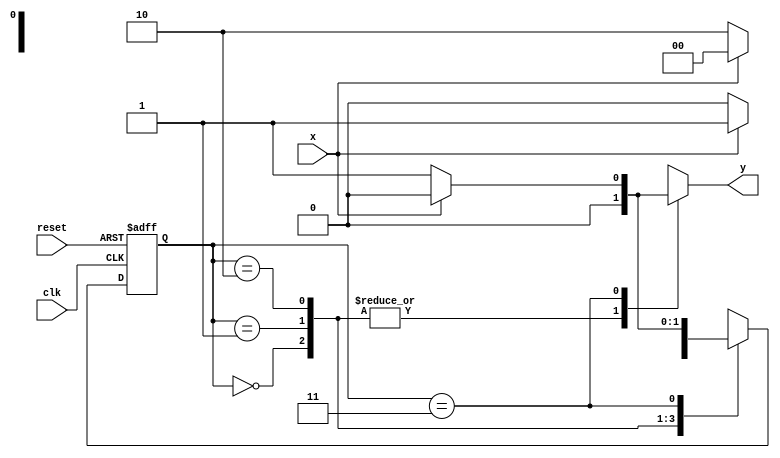
//NOME: TIAGO MATTA MACHADO ZAIDAN
// --------------
// --- Mealy FSM
// --------------
// constant definitions
`define found 1
`define notfound 0
// FSM by Mealy
module mealy1010 ( y, x, clk, reset ); // devera ser reconhecido 1001001
output y;
input x;
input clk;
input reset;
reg y;
parameter // state identifiers
start = 2'b00,
id1 = 2'b01,
id11 = 2'b10,
id110 = 2'b11;
reg [1:0] E1; // current state variables
reg [1:0] E2; // next state logic output
// next state logic
always @( x or E1 )
begin
y = `notfound;
case ( E1 )
start:
if ( x )
E2 = id1;
else
E2 = start;
id1:
if ( x )
E2 = start;
else
E2 = id11;
id11:
if ( x )
E2 = id110;
else
E2 = id11;
id110:
if ( x )
E2 = start;
else
begin
E2 = id1;
y = `found;
end
default: // undefined state
E2 = 2'bxx;
endcase
end // always at signal or state changing
// state variables
always @( posedge clk or negedge reset )
begin
if ( reset )
E1 = E2; // updates current state
else
E1 = 0; // reset
end // always at signal changing
endmodule // mealy1010
module teste;
reg clk, reset, x;
wire m1, m2;
mealy1010 mealy1 ( m1, x, clk, reset );
initial
begin
$display ( "Time X Mealy" );
// initial values
clk = 1;
reset = 0;
x = 0;
// input signal changing
#5 reset = 1;
#10 x = 1;
#10 x = 0;
#10 x = 0;
#10 x = 1;
#10 x = 0;
#10 x = 0;
#10 x = 0;
#10 x = 1;
#40 $finish;
end // initial
always
#5 clk = ~clk;
always @( posedge clk )
begin
$display ( "%4d %4b %4b", $time, x, m1 );
end // always at positive edge clocking changing
endmodule // teste